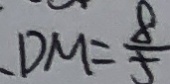
D M = \frac { 8 } { 5 }